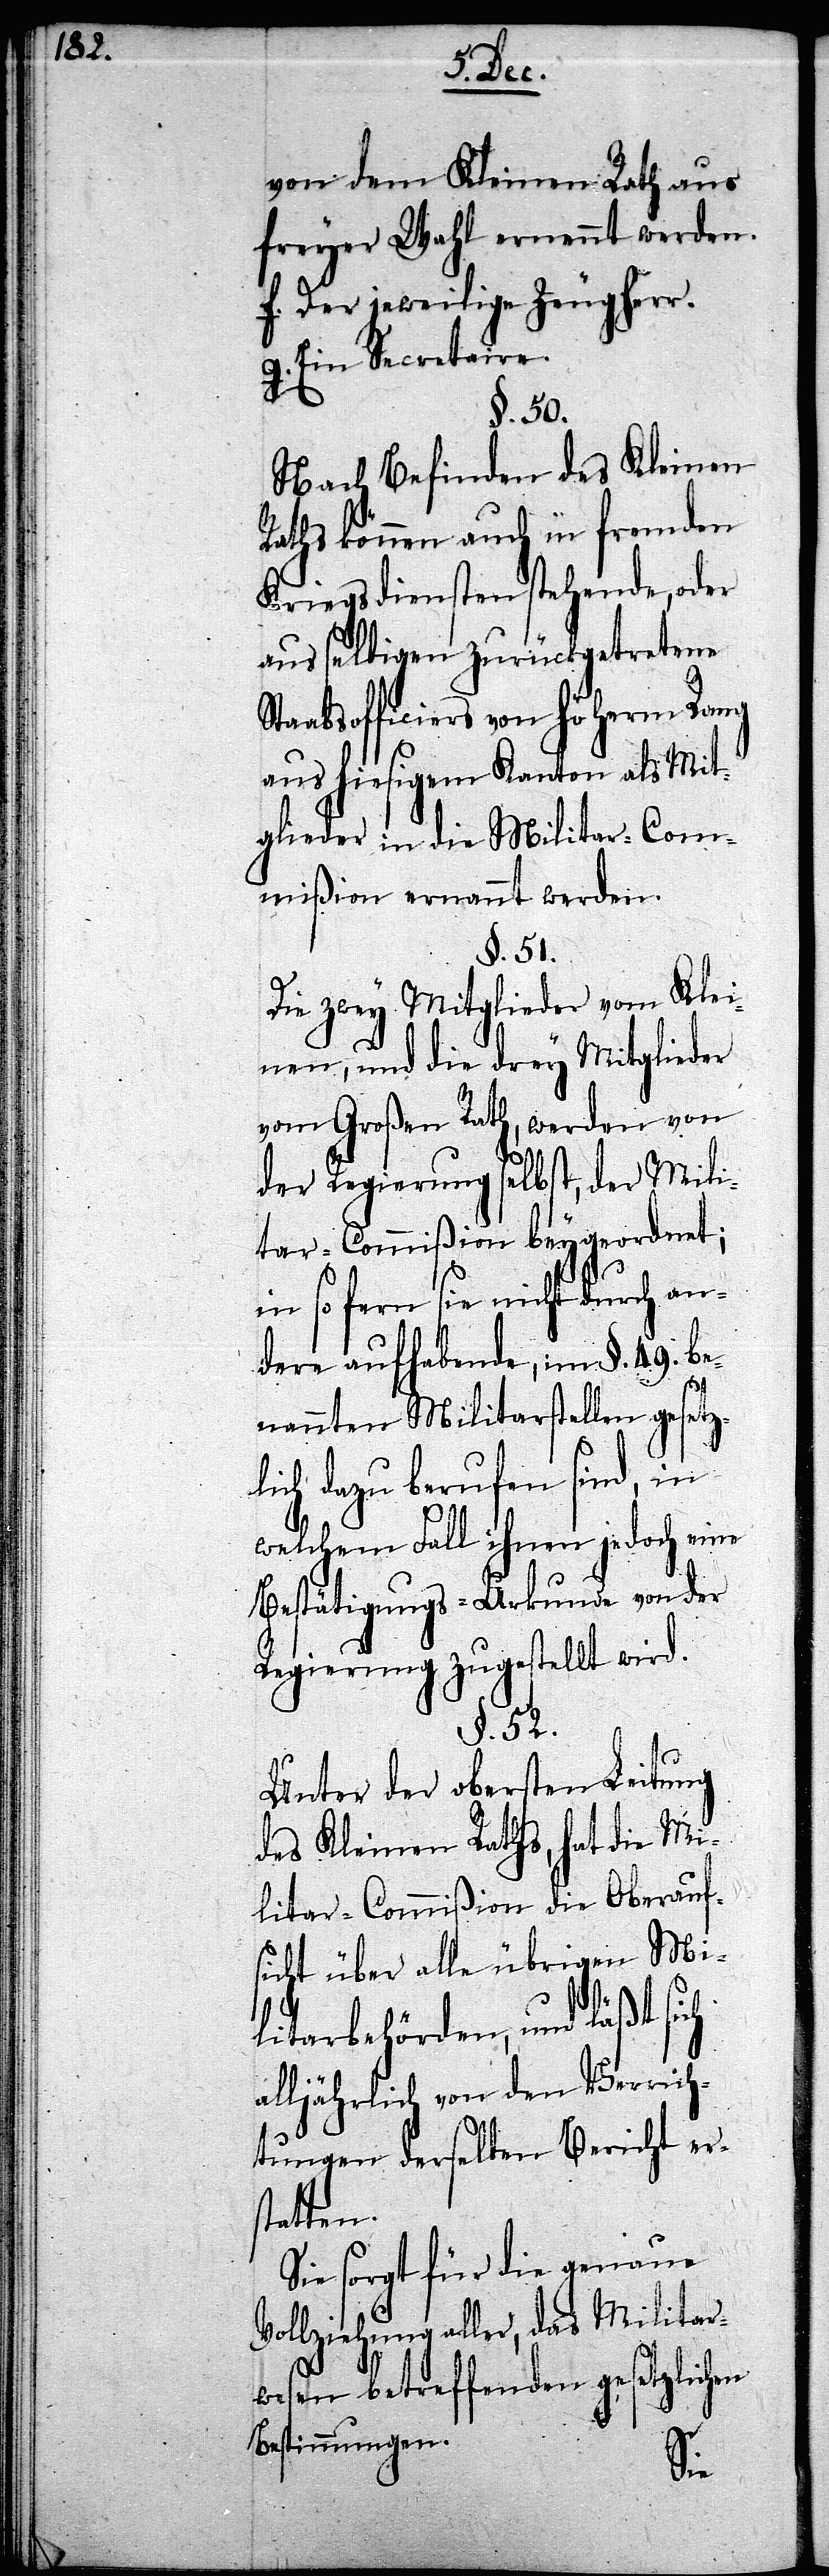
von dem Kleinen Rath aus
freyer Wahl ernannt werden.
f. Der jeweilige Zeugherr.
g. Ein Secretaire.
§. 50.
Nach Befinden des Kleinen
Raths können auch in fremden
Kriegsdiensten stehende, oder
aus selbigen zurückgetretene
aabsofficiers von höherm Rang
aus hiesigem Kanton als Mit¬
glieder in die Militar-Com¬
mißion ernannt werden.
§. 51.
Die zwey Mitglieder vom Klei¬
nen, und die drey Mitglieder
vom Großen Rath, werden von
der Regierung selbst, der Mili¬
tar-Commißion beygeordnet;
in so fern sie nicht durch an¬
dere aufhebende, im §. 49. be¬
nannten Militarstellen gesetz¬
lich dazu berufen sind, in
welchem Fall ihnen jedoch eine
Bestätigungs-Urkunde von der
Regierung zugestellt wird.
§. 52.
Unter der obersten Leitung
des Kleinen Raths, hat die Mi¬
litar-Commißion die Oberauf¬
sicht über alle übrigen Mi¬
litärbehörden, und läßt sich
alljährlich von den Verrich¬
tungen derselben Bericht ers¬
tatten.
Sie sorgt für die genaue
Vollziehung aller, das Militar¬
wesen betreffenden gesetzlichen
Bestimmungen.
St¬